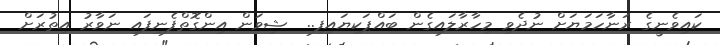
ކައިވެނީގެ ރަނާހަމަޔަށް ނުދެވި މިހާރާލައިގެން ބައްޕަކިޔައިފި..  ޝިވަން އިންގޮތްފެނިފައި ނަވާރު އިތުރަށް